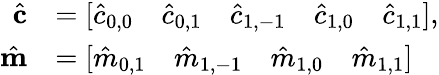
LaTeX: \begin{array}{rl}{\hat{\mathbf c}}&{=\left[\begin{array}{lllll}{\hat{c}_{0,0}}&{\hat{c}_{0,1}}&{\hat{c}_{1,-1}}&{\hat{c}_{1,0}}&{\hat{c}_{1,1}}\end{array}\right],}\\ {\hat{\mathbf m}}&{=\left[\begin{array}{llll}{\hat{m}_{0,1}}&{\hat{m}_{1,-1}}&{\hat{m}_{1,0}}&{\hat{m}_{1,1}}\end{array}\right]}\end{array}